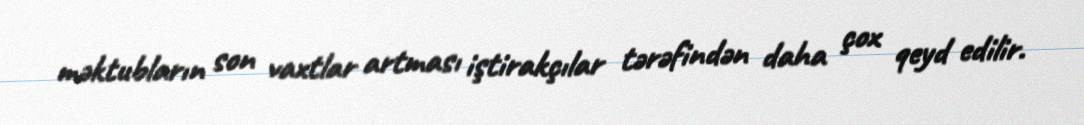
məktubların son vaxtlar artması iştirakçılar tərəfindən daha çox qeyd edilir.